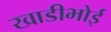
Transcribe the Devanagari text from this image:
खाडीभोई